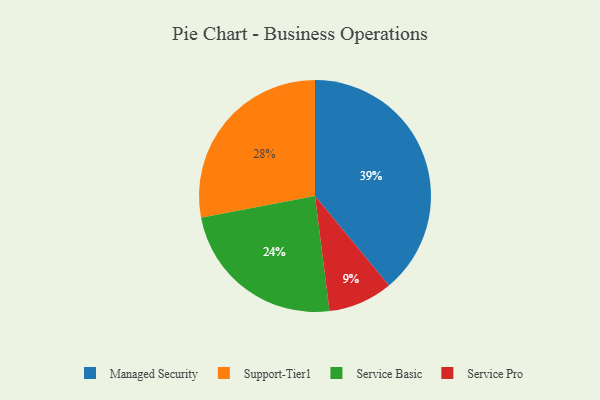
{"axis": {"x": "Category", "y": "Percentage"}, "legend": ["Managed Security", "Service Basic", "Service Pro", "Support-Tier1"], "data": [{"x": "Service Basic", "y": 24, "type": "Service Basic"}, {"x": "Service Pro", "y": 9, "type": "Service Pro"}, {"x": "Support-Tier1", "y": 28, "type": "Support-Tier1"}, {"x": "Managed Security", "y": 39, "type": "Managed Security"}]}